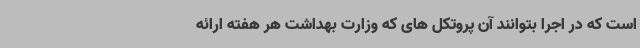
است که در اجرا بتوانند آن پروتکل های که وزارت بهداشت هر هفته ارائه